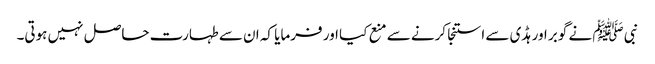
نبی ﷺ نے گوبر اور ہڈی سے استنجا کرنے سے منع کیا اور فرمایا کہ ان سے طہارت حاصل نہیں ہوتی۔